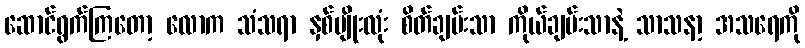
ဆောင်ရွက်ကြတော့ လောက သံသရာ နှစ်မျိုးလုံး စိတ်ချမ်းသာ ကိုယ်ချမ်းသာနဲ့ သာသနာ့ အသရေကို